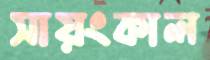
সায়ংকাল